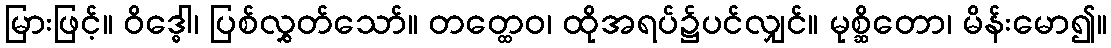
မြားဖြင့်။ ဝိဒ္ဓေါ၊ ပြစ်လွှတ်သော်။ တတ္ထေဝ၊ ထိုအရပ်၌ပင်လျှင်။ မုစ္ဆိတော၊ မိန်းမော၍။